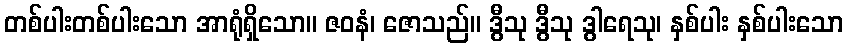
တစ်ပါးတစ်ပါးသော အာရုံရှိသော။ ဇဝနံ၊ ဇောသည်။ ဒွီသု ဒွီသု ဒွါရေသု၊ နှစ်ပါး နှစ်ပါးသော